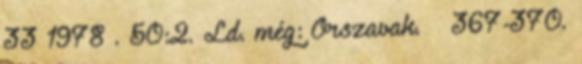
33 1978 . 50:2. Ld. még: Őrszavak. – 367-370.